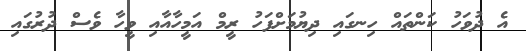
އެ ދުވަހު ކަންތައް ހިނގައި ދިޔުމަށްފަހު ރީމް އަމީހާއާއި ވީހާ ވެސް ދުރުގައި